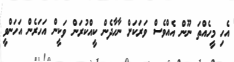
އެހި މީހެއްތަ ނޫން އެއްވެސް ވަރަކަށް ނާހާދެން ކީއްކުރަން ވަކީން އަހަރެން އަހަންވީ